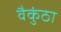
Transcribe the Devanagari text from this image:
वैकुंठा